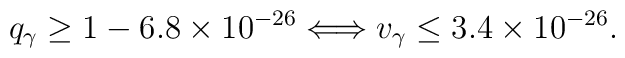
q_{\gamma} \geq 1 - 6.8 \times 10^{-26}  \Longleftrightarrow v_{\gamma} \leq 3.4 \times 10^{-26}.